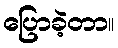
ပြောခဲ့တာ။